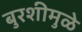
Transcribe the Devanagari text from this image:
बुरशीमुळे